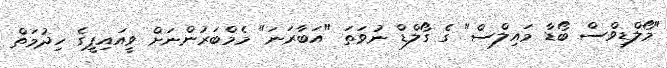
"މޯލްޑިވްސް ބޯޑާ މައިލްސް" ގެ ގޯލްޑް ނުވަތަ "އަބާރަނަ" މެމްބަރުންނަށް ވީއައިޕީގެ ހިދުމަތް